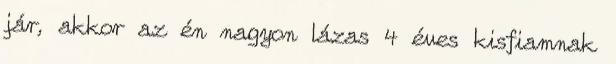
jár, akkor az én nagyon lázas 4 éves kisfiamnak